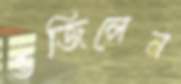
ভজিলেন